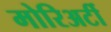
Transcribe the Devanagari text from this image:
मोरिअर्टी